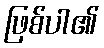
ဖြစ်ပါ၏